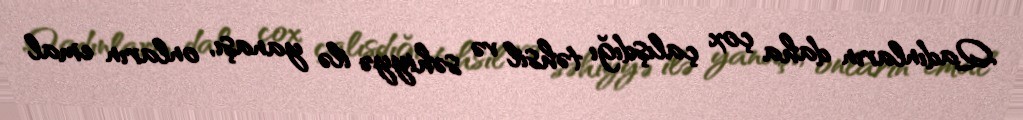
Qadınların daha çox çalışdığı təhsil və səhiyyə ilə yanaşı, onların emal